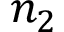
n _ { 2 }